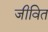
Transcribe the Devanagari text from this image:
जीवित